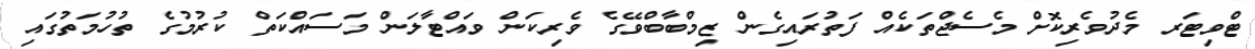
ޓްވިޓަރ މެދުވެރިކޮށް މެސެޖްތަކެއް ފަތުރައިގެން ޒިމްބާބްވޭގެ ވެރިކަން ވައްޓާލަން މަސައްކަތް ކުރުމުގެ ތުހުމަތުގައި